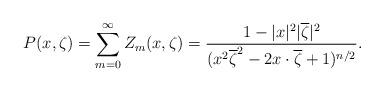
LaTeX: \begin{align*}P(x,\zeta)=\sum_{m=0}^{\infty}Z_m(x,\zeta) = \frac{1-|x|^2|\overline{\zeta}|^2}{(x^2\overline{\zeta}^2-2x\cdot\overline{\zeta}+1)^{n/2}}.\end{align*}